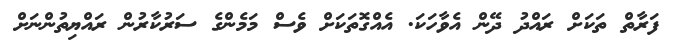
ފަރާތް ތަކަށް ރައްދު ދޭން އެވާހަކަ. އެއްގޮތަކަށް ވެސް މަމެންގެ ސަރުކާރުން ރައްޔިތުންނަށް